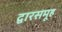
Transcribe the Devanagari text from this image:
द्वारसमूह